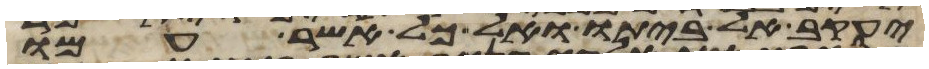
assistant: יעקב אל ביתו ואל כל אשר עמו